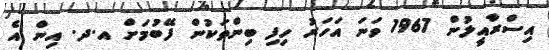
އިސްރާއީލުން 1967 ވަނަ އަހަރު ހިފި ބިންތަކުން ފޭބުމަށް އ.ދ. އިން އެ